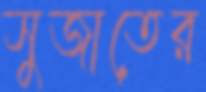
সুজাতের